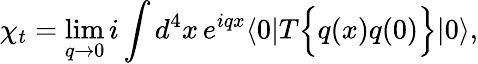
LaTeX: \chi_{t}=\operatorname*{lim}_{q\rightarrow 0}i\int d^{4}x\, e^{iqx}\langle{0}|T\Bigl\{ {q(x)q(0)}\Bigr\} |{0}\rangle,